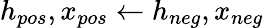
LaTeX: h_{pos},x_{pos}\gets h_{neg},x_{neg}